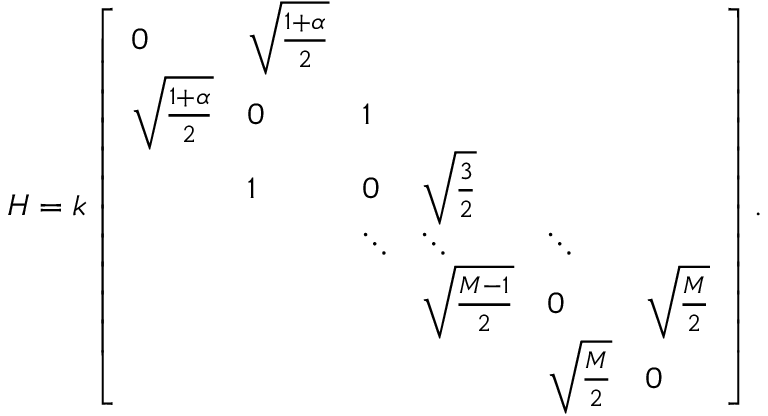
H = k \left[ \begin{array} { l l l l l l } { 0 } & { \sqrt { \frac { 1 + \alpha } { 2 } } } & & & & \\ { \sqrt { \frac { 1 + \alpha } { 2 } } } & { 0 } & { 1 } & & & \\ & { 1 } & { 0 } & { \sqrt { \frac { 3 } { 2 } } } & & \\ & & { \ddots } & { \ddots } & { \ddots } & \\ & & & { \sqrt { \frac { M - 1 } { 2 } } } & { 0 } & { \sqrt { \frac { M } { 2 } } } \\ & & & & { \sqrt { \frac { M } { 2 } } } & { 0 } \end{array} \right] .